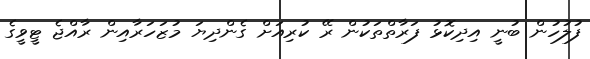
ފުލުހުން ބުނީ އިދިކޮޅު ފަރާތްތަކުން ރޭ ކުރިއަށް ގެންދިޔަ މުޒަހަރާއިން ރާއްޖެ ޓީވީގެ